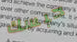
حبسك